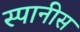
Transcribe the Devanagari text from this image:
स्पानीस